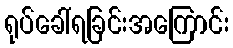
ရုပ်ခေါ်ရခြင်းအကြောင်း